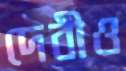
দেবীও